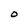
Character: O